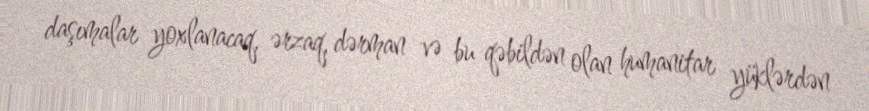
daşımalar yoxlanacaq, ərzaq, dərman və bu qəbildən olan humanitar yüklərdən